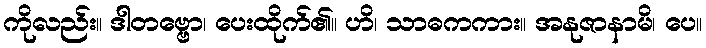
ကိုလည်း။ ဒါတဗ္ဗော၊ ပေးထိုက်၏။ ဟိ၊ သာဓကကား။ အနုဇာနာမိ၊ ပေ။